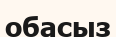
обасыз